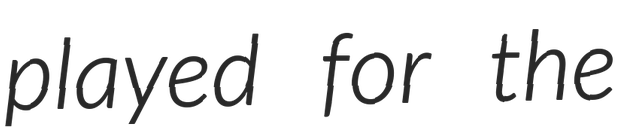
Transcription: played for the